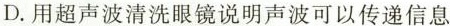
D.用超声波清洗眼镜说明声波可以传递信息